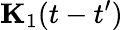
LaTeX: \mathbf{{K}}_{1}(t-t^{\prime})